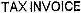
TAX INVOICE